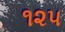
૧૨૫